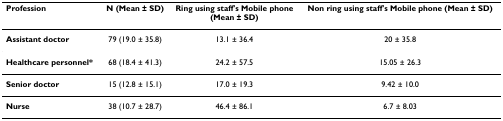
<table><thead><tr><td><b>Profession</b></td><td><b>N (Mean ± SD)</b></td><td><b>Ring using staff&#x27;s Mobile phone(Mean ± SD)</b></td><td><b>Non ring using staff&#x27;s Mobile phone (Mean ± SD)</b></td></tr></thead><tbody><tr><td><b>Assistant doctor</b></td><td>79 (19.0 ± 35.8)</td><td>13.1 ± 36.4</td><td>20 ± 35.8</td></tr><tr><td><b>Healthcare personnel*</b></td><td>68 (18.4 ± 41.3)</td><td>24.2 ± 57.5</td><td>15.05 ± 26.3</td></tr><tr><td><b>Senior doctor</b></td><td>15 (12.8 ± 15.1)</td><td>17.0 ± 19.3</td><td>9.42 ± 10.0</td></tr><tr><td><b>Nurse</b></td><td>38 (10.7 ± 28.7)</td><td>46.4 ± 86.1</td><td>6.7 ± 8.03</td></tr></tbody></table>